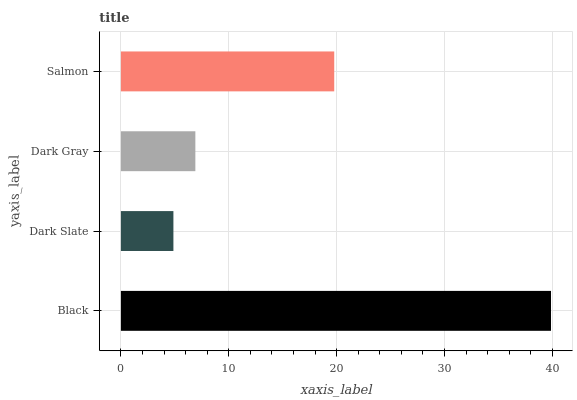
| yaxis_label | bars |
 | --- | --- |
 | Black | 39.9 |
 | Dark Slate | 4.87 |
 | Dark Gray | 6.9 |
 | Salmon | 19.8 |